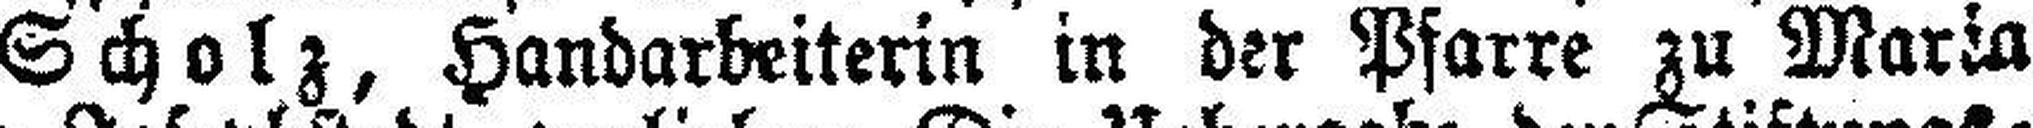
der Maria Scholz, Handarbeiterin in der Pfarre zu Maria